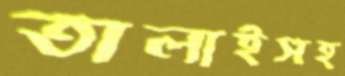
তালাইসহ